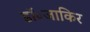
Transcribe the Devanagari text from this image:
डॉ॰जाकिर